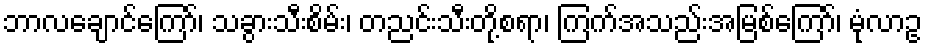
ဘာလချောင်ကြော်၊ သခွားသီးစိမ်း၊ တညင်းသီးတို့စရာ၊ ကြက်အသည်းအမြစ်ကြော်၊ မုံလာဥ